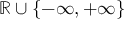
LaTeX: \mathbb { R } \cup \{ - \infty , + \infty \}